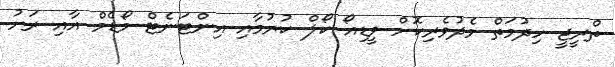
ތްރީޖީ ހިދުމަތް މެދުވެރިކޮށް ވީޑިއޯ ކޯލް ކުރުމާއި އިންޓަނެޓް މޯޑެމް އާއި ރަށު